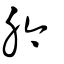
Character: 肣